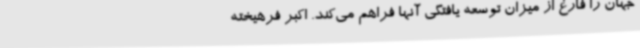
جهان را فارغ از میزان توسعه یافتگی آنها فراهم می‌کند. اکبر فرهیخته